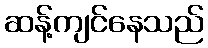
ဆန့်ကျင်နေသည်